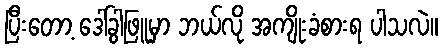
ပြီးတော့ ဒေါ်ခွါဖြူမှာ ဘယ်လို အကျိုးခံစားရ ပါသလဲ။